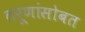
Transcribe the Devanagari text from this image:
तरूणांसोबत